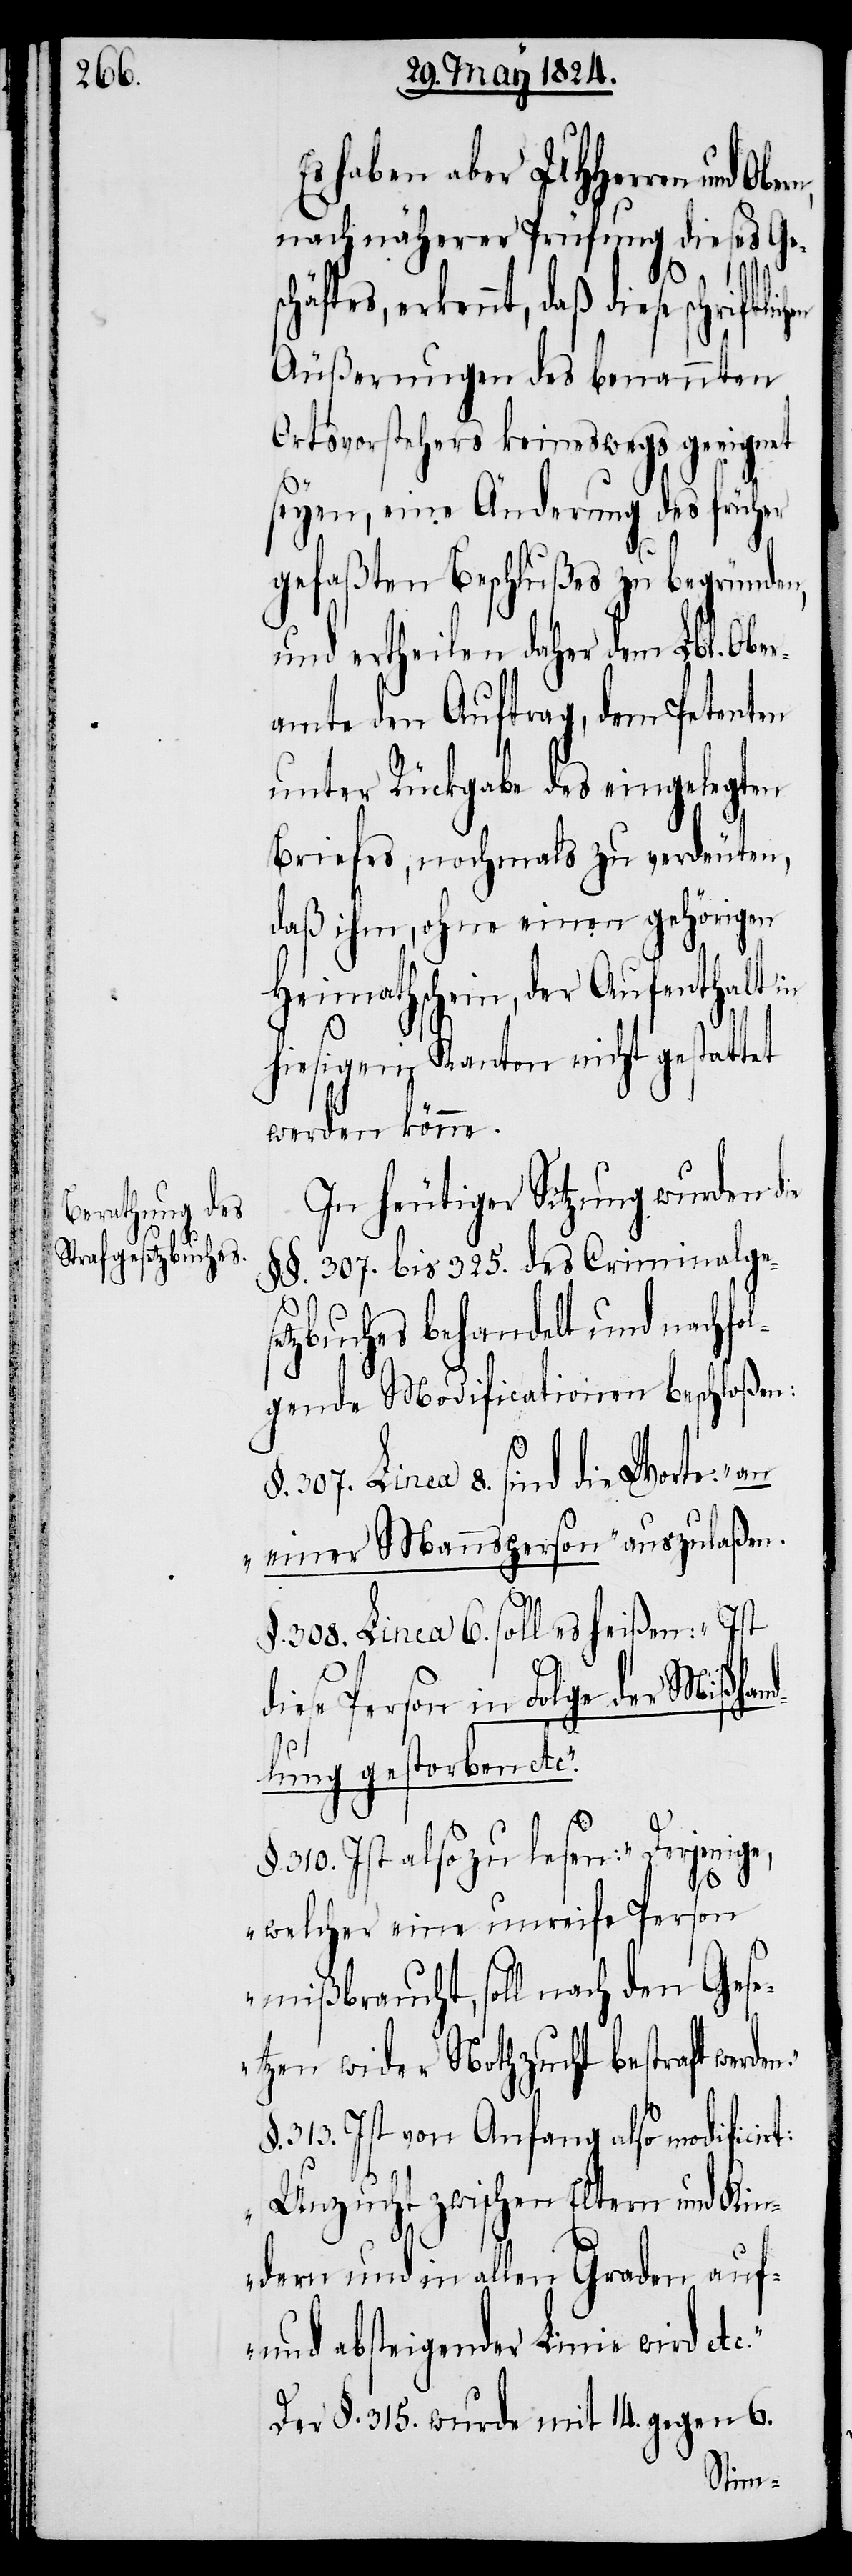
Es haben UHHerren und
nach näherer Prüfung dieses Ges¬
d¬
chäftes, erkennt, daß diese schriftlic¬
Äußerungen des benannten
Ortsvorstehers keineswegs geeignet
seyen, eine Änderung des früher
gefaßten Beschlußes zu begründen,
und ertheilen daher dem Lbl. Ober¬
amte den Auftrag, dem Petenten
unter Rückgabe des eingelegten
Briefes, nochmals zu verdeuten,
daß ihm, ohne einen gehörigen
Heimathschein, der Aufenthalt in
hiesigem Kanton nicht gestattet
werden könne.
In heutiger Sitzung wurden die
§§. 307. bis 325. des Criminalgese¬
tzbuches behandelt und nachfo¬
lgende Modificationen beschloßen:
§. 307. Linea 8. sind die Worte: „an
einer Mannsperson“ auszulaßen.
§. 308. Linea 6. soll es heißen: „Ist
iese Person in Folge der Mißhan¬
dlung gestorben etc.“
§. 310. Ist also zu lesen: „Derjenige,
n.“
welcher eine unreife Person
mißbraucht, soll nach den Gese¬
tzen wider Nothzucht bestraft werde¬
§. 313. Ist von Anfang also modificirt:
„Unzucht zwischen Eltern und Kin¬
dern und in allen Graden auf-
und absteigender Linie wird
Der §. 315. wurde mit 14. gegen 6.